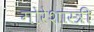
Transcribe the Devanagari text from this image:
गोरेशास्त्री